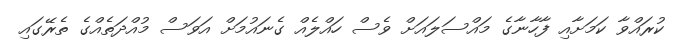
ކުރައްވާ ކަމަށާއި ފާހާނާގެ މައްސަލައަށް ވެސް ހައްލެއް ގެނައުމަށް އަވަސް މުއްދަތެއްގެ ތެރޭގައި